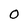
Character: O